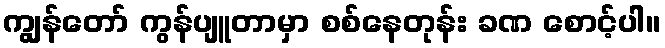
ကျွန်တော် ကွန်ပျူတာမှာ စစ်နေတုန်း ခဏ စောင့်ပါ။